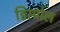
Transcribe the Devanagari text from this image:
डिस्प्रोल